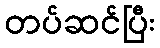
တပ်ဆင်ပြီး